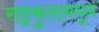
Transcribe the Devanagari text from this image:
राष्ट्रकुलामधून